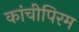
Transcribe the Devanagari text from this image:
कांचीपिरम